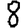
Digit: 8